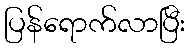
ပြန်ရောက်လာပြီး